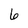
Character: 6